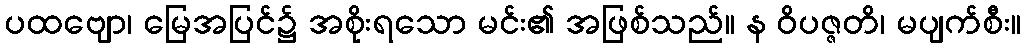
ပထဗျော၊ မြေအပြင်၌ အစိုးရသော မင်း၏ အဖြစ်သည်။ န ဝိပဇ္ဇတိ၊ မပျက်စီး။